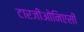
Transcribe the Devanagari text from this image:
टारजीओनिएसी